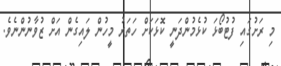
މި ރަށުގައި ފުޓުބޯޅަ ކުޅެމުންދަނީ ކޮޅަކަށް ހަތަރު މީހުން ލައިގެން އަށް ޒުވާނުންނެވެ.